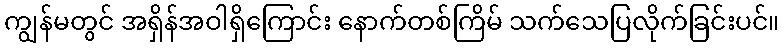
ကျွန်မတွင် အရှိန်အဝါရှိကြောင်း နောက်တစ်ကြိမ် သက်သေပြလိုက်ခြင်းပင်။